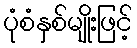
ပုံစံနှစ်မျိုးဖြင့်